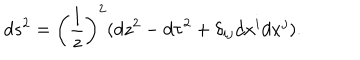
d s ^ { 2 } = \left( \frac { l } { z } \right) ^ { 2 } ( d z ^ { 2 } - d \tau ^ { 2 } + \delta _ { i j } d x ^ { i } d x ^ { j } ) .